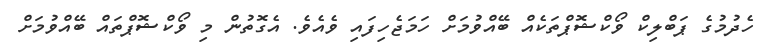
ހެދުމުގެ ޕަބްލިކް ވޯކްޝޮޕްތަކެއް ބޭއްވުމަށް ހަމަޖެހިފައި ވެއެވެ. އެގޮތުން މި ވޯކްޝޮޕްތައް ބޭއްވުމަށް